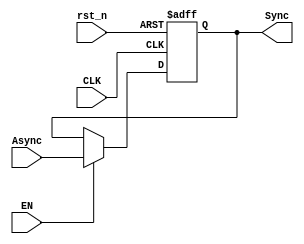
module BUS_SYNC (
	input  wire 	   CLK,
	input  wire 	   rst_n,
	input  wire        EN,
	input  wire [23:0] Async,
	output reg  [23:0] Sync
);

always @(posedge CLK , negedge rst_n) begin
	if(!rst_n) begin
		Sync <= 24'b0;
	end
	else if (EN) begin
		Sync <= Async;
	end
end

endmodule